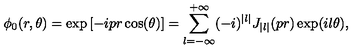
\phi _ { 0 } ( r , \theta ) = \exp \left[ - i p r \cos ( \theta ) \right] = \sum _ { l = - \infty } ^ { + \infty } ( - i ) ^ { | l | } J _ { | l | } ( p r ) \exp ( i l \theta ) ,